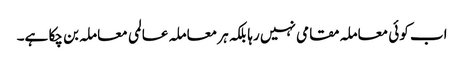
اب کوئی معاملہ مقامی نہیں رہا بلکہ ہر معاملہ عالمی معاملہ بن چکا ہے۔